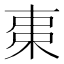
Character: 𣐺